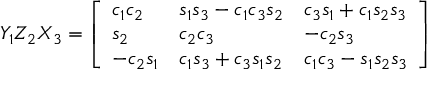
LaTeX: Y _ { 1 } Z _ { 2 } X _ { 3 } = { \left[ \begin{array} { l l l } { c _ { 1 } c _ { 2 } } & { s _ { 1 } s _ { 3 } - c _ { 1 } c _ { 3 } s _ { 2 } } & { c _ { 3 } s _ { 1 } + c _ { 1 } s _ { 2 } s _ { 3 } } \\ { s _ { 2 } } & { c _ { 2 } c _ { 3 } } & { - c _ { 2 } s _ { 3 } } \\ { - c _ { 2 } s _ { 1 } } & { c _ { 1 } s _ { 3 } + c _ { 3 } s _ { 1 } s _ { 2 } } & { c _ { 1 } c _ { 3 } - s _ { 1 } s _ { 2 } s _ { 3 } } \end{array} \right] }